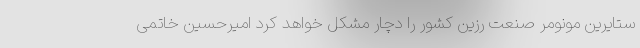
ستایرین مونومر صنعت رزین کشور را دچار مشکل خواهد کرد امیرحسین خاتمی